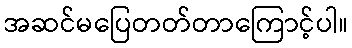
အဆင်မပြေတတ်တာကြောင့်ပါ။